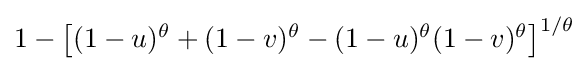
{\textstyle {1-\left[(1-u)^{\theta }+(1-v)^{\theta }-(1-u)^{\theta }(1-v)^{\theta }\right]^{1/\theta }}}